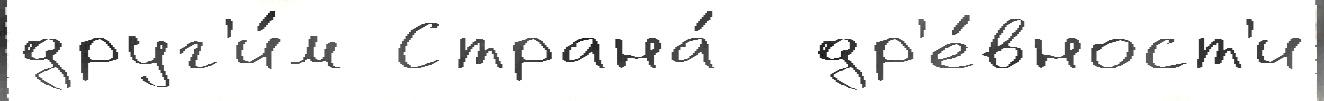
друг'и́м Страна́  др'е́вност'и